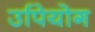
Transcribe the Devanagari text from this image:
उपियोग